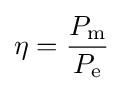
\eta ={\frac {P_{\text{m}}}{P_{\text{e}}}}